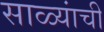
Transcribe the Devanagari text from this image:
साळ्यांची